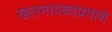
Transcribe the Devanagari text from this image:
खलनायकाप्रमाणे